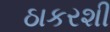
ઠાકરશી